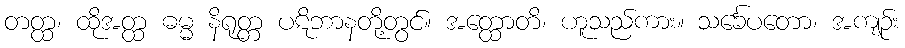
တတ္ထ၊ ထိုအတ္ထ ဓမ္မ နိရုတ္တ ပဋိဘာနတို့တွင်။ အတ္ထောတိ၊ ဟူသည်ကား။ သင်္ခေပတော၊ အကျဉ်း